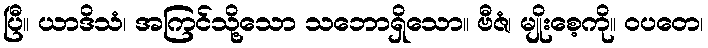
ပြီ။ ယာဒိသံ၊ အကြင်သို့သော သဘောရှိသော။ ဗီဇံ၊ မျိုးစေ့ကို။ ဝပတေ၊